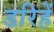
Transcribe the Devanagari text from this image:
डरिहें